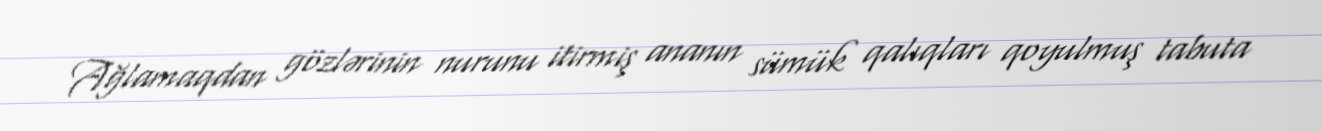
Ağlamaqdan gözlərinin nurunu itirmiş ananın sümük qalıqları qoyulmuş tabuta